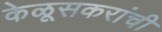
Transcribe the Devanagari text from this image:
केळूसकरांची